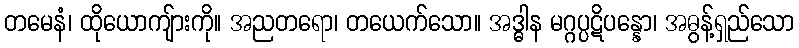
တမေနံ၊ ထိုယောကျ်ားကို။ အညတရော၊ တယေက်သော။ အဒ္ဓါန မဂ္ဂပ္ပဋိပန္နော၊ အဓွန့်ရှည်သော